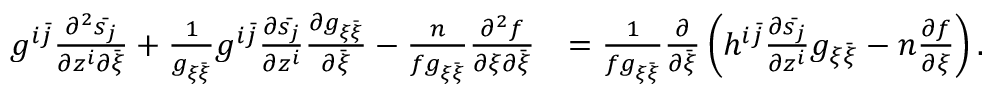
\begin{array} { r l } { g ^ { i \bar { j } } \frac { \partial ^ { 2 } \bar { s _ { j } } } { \partial z ^ { i } \partial \bar { \xi } } + \frac { 1 } { g _ { \xi \bar { \xi } } } g ^ { i \bar { j } } \frac { \partial \bar { s _ { j } } } { \partial z ^ { i } } \frac { \partial g _ { \xi \bar { \xi } } } { \partial \bar { \xi } } - \frac { n } { f g _ { \xi \bar { \xi } } } \frac { \partial ^ { 2 } f } { \partial \xi \partial \bar { \xi } } } & { = \frac { 1 } { f g _ { \xi \bar { \xi } } } \frac { \partial } { \partial \bar { \xi } } \left( h ^ { i \bar { j } } \frac { \partial \bar { s _ { j } } } { \partial z ^ { i } } g _ { \xi \bar { \xi } } - n \frac { \partial f } { \partial \xi } \right) . } \end{array}